Annual report of the Prince of Wales Medical College, Patna
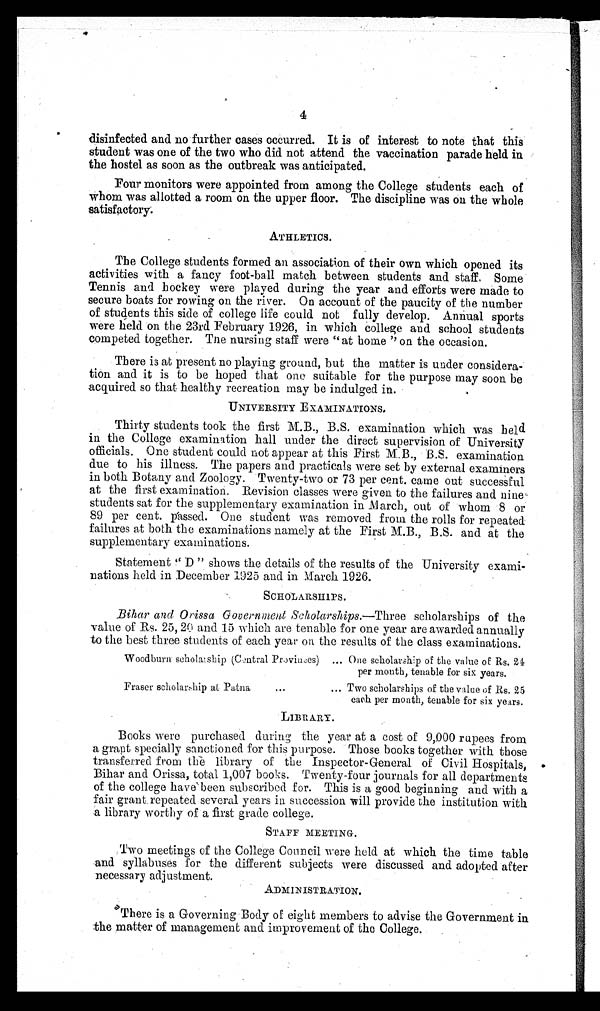
4
disinfected and no further cases occurred. It is of interest to note that this
student was one of the two who did not attend the vaccination parade held in
the hostel as soon as the outbreak was anticipated.
Four monitors were appointed from among the College students each of
whom was allotted a room on the upper floor. The discipline was on the whole
satisfactory.
ATHLETICS.
The College students formed an association of their own which opened its
activities with a fancy foot-ball match between students and staff. Some
Tennis and hockey were played during the year and efforts were made to
secure boats for rowing on the river. On account of the paucity of the number
of students this side of college life could not fully develop. Annual sports
were held on the 23rd February 1926, in which college and school students
competed together. The nursing staff were “at home ” on the occasion.
There is at present no playing ground, but the matter is under considera-
tion and it is to be hoped that one suitable for the purpose may soon be
acquired so that healthy recreation may be indulged in.
UNIVERSITY EXAMINATIONS.
Thirty students took the first M.B., B.S. examination which was held
in the College examination hall under the direct supervision of University
officials. One student could not appear at this First M.B., B.S. examination
due to his illness. The papers and practicals were set by external examiners
in both Botany and Zoology. Twenty-two or 73 per cent, came out successful
at the first examination. Revision classes were given to the failures and nine
students sat for the supplementary examination in March, out of whom 8 or
89 per cent. passed. One student was removed from the rolls for repeated
failures at both the examinations namely at the First M.B., B.S. and at the
supplementary examinations.
Statement “ D ” shows the details of the results of the University exami-
nations held in December 1925 and in March 1926.
SCHOLARSHIPS.
Bihar and Orissa Government Scholarships .—Three scholarships of the
value of Rs. 25, 20 and 15 which are tenable for one year are awarded annually
to the best three students of each year on the results of the class examinations.
Woodburn scholarship (Central Provinces)
... One scholarship of the value of Rs. 21
per month, tenable for six years.
Fraser scholarship at Patna
... ... Two scholarships of the value of Rs. 25
each per month, tenable for six years.
LIBRARY.
Books were purchased during the year at a cost of 9,000 rupees from
a grant specially sanctioned for this purpose. Those books together with those
transferred from the library of the Inspector-General of Civil Hospitals,
Bihar and Orissa, total 1,007 books. Twenty-four journals for all departments
of the college have been subscribed for. This is a good beginning and with a
fair grant. repeated several years in succession will provide the institution with.
a library worthy of a first grade college.
STAFF MEETING.
Two meetings of the College Council were held at which the time table
and syllabuses for the different subjects were discussed and adopted after
necessary adjustment.
ADMINISTRATION.
There is a Governing Body of eight members to advise the Government in
the matter of management and improvement of the College.